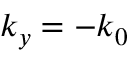
k _ { y } = - k _ { 0 }